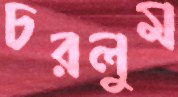
চরলুম